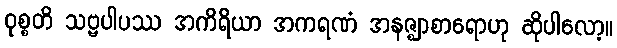
ဝုစ္စတိ သဗ္ဗပါပဿ အကိရိယာ အကရဏံ အနဇ္ဈာစာရောဟု ဆိုပါလော့။